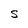
Character: s